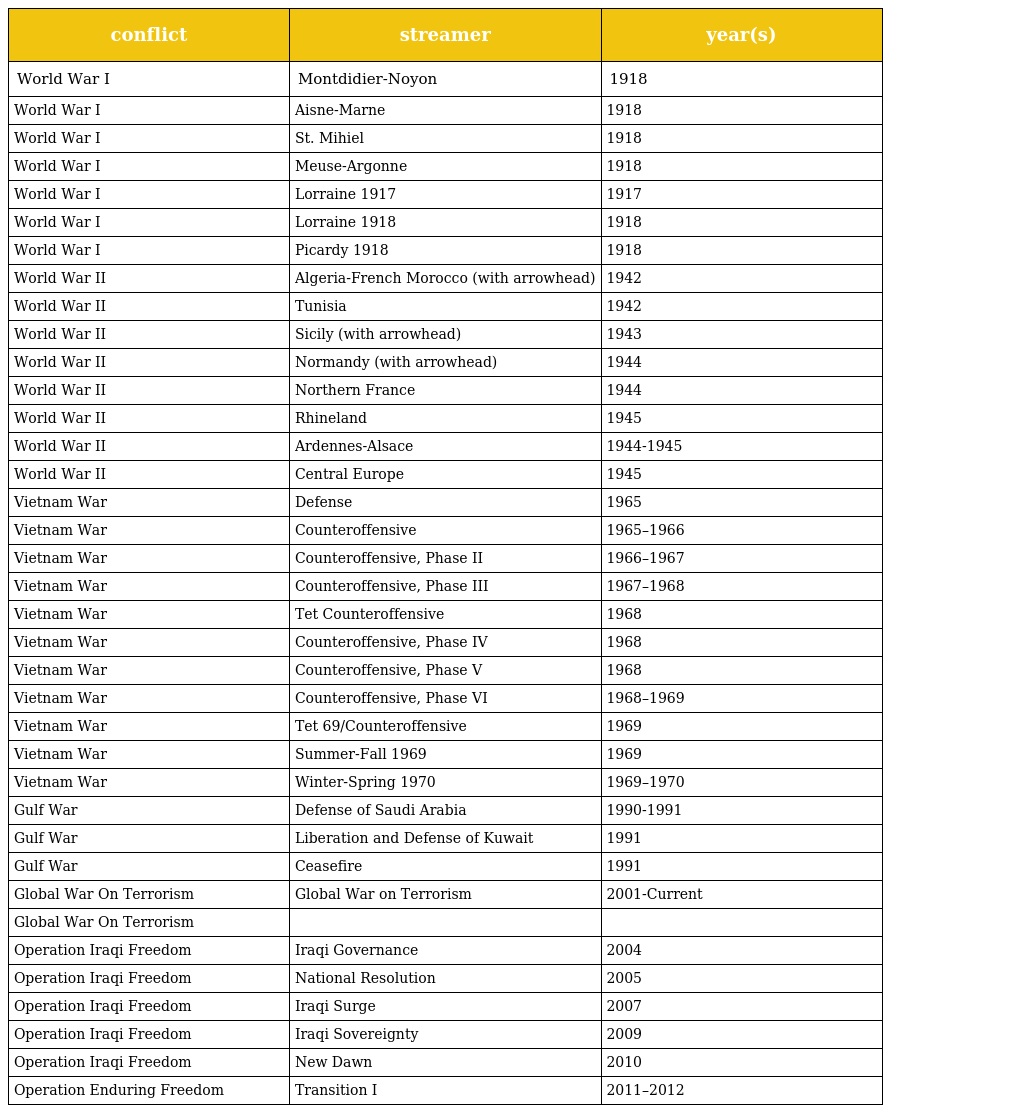
| conflict | streamer | year(s) |
 | --- | --- | --- |
 | World War I | Montdidier-Noyon | 1918 |
 | World War I | Aisne-Marne | 1918 |
 | World War I | St. Mihiel | 1918 |
 | World War I | Meuse-Argonne | 1918 |
 | World War I | Lorraine 1917 | 1917 |
 | World War I | Lorraine 1918 | 1918 |
 | World War I | Picardy 1918 | 1918 |
 | World War II | Algeria-French Morocco (with arrowhead) | 1942 |
 | World War II | Tunisia | 1942 |
 | World War II | Sicily (with arrowhead) | 1943 |
 | World War II | Normandy (with arrowhead) | 1944 |
 | World War II | Northern France | 1944 |
 | World War II | Rhineland | 1945 |
 | World War II | Ardennes-Alsace | 1944-1945 |
 | World War II | Central Europe | 1945 |
 | Vietnam War | Defense | 1965 |
 | Vietnam War | Counteroffensive | 1965–1966 |
 | Vietnam War | Counteroffensive, Phase II | 1966–1967 |
 | Vietnam War | Counteroffensive, Phase III | 1967–1968 |
 | Vietnam War | Tet Counteroffensive | 1968 |
 | Vietnam War | Counteroffensive, Phase IV | 1968 |
 | Vietnam War | Counteroffensive, Phase V | 1968 |
 | Vietnam War | Counteroffensive, Phase VI | 1968–1969 |
 | Vietnam War | Tet 69/Counteroffensive | 1969 |
 | Vietnam War | Summer-Fall 1969 | 1969 |
 | Vietnam War | Winter-Spring 1970 | 1969–1970 |
 | Gulf War | Defense of Saudi Arabia | 1990-1991 |
 | Gulf War | Liberation and Defense of Kuwait | 1991 |
 | Gulf War | Ceasefire | 1991 |
 | Global War On Terrorism | Global War on Terrorism | 2001-Current |
 | Global War On Terrorism |  |  |
 | Operation Iraqi Freedom | Iraqi Governance | 2004 |
 | Operation Iraqi Freedom | National Resolution | 2005 |
 | Operation Iraqi Freedom | Iraqi Surge | 2007 |
 | Operation Iraqi Freedom | Iraqi Sovereignty | 2009 |
 | Operation Iraqi Freedom | New Dawn | 2010 |
 | Operation Enduring Freedom | Transition I | 2011–2012 |